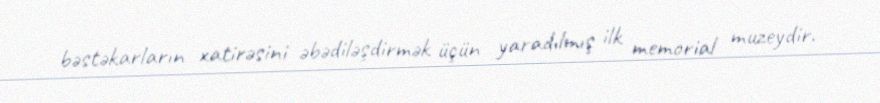
bəstəkarların xatirəsini əbədiləşdirmək üçün yaradılmış ilk memorial muzeydir.